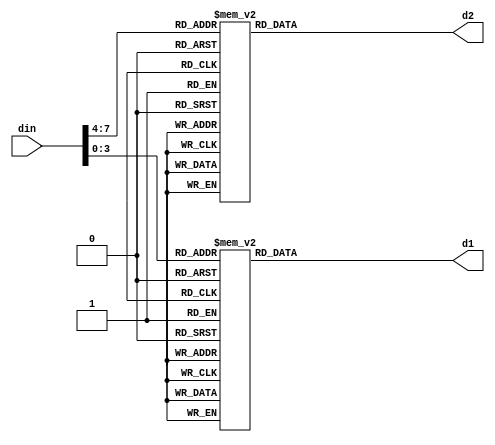


// 2 x 7-segment LED driver (hex word)
// It was used to debug the receipter on FPGA

module seg7(
  input [7:0] din,
  output reg [6:0] d1, // [6:0] = abcdefg
  output reg [6:0] d2  // [6:0] = abcdefg
);

always @*
  case (din[3:0])
    4'h0: d1 = 7'b0000001;
    4'h1: d1 = 7'b1001111;
    4'h2: d1 = 7'b0010010;
    4'h3: d1 = 7'b0000110;
    4'h4: d1 = 7'b1001100;
    4'h5: d1 = 7'b0100100;
    4'h6: d1 = 7'b0100000;
    4'h7: d1 = 7'b0001111;
    4'h8: d1 = 7'b0000000;
    4'h9: d1 = 7'b0000100;
    4'ha: d1 = 7'b0001000;
    4'hb: d1 = 7'b1100000;
    4'hc: d1 = 7'b0110001;
    4'hd: d1 = 7'b1000010;
    4'he: d1 = 7'b0110000;
    4'hf: d1 = 7'b0111000;
  endcase

always @*
  case (din[7:4])
    4'h0: d2 = 7'b0000001;
    4'h1: d2 = 7'b1001111;
    4'h2: d2 = 7'b0010010;
    4'h3: d2 = 7'b0000110;
    4'h4: d2 = 7'b1001100;
    4'h5: d2 = 7'b0100100;
    4'h6: d2 = 7'b0100000;
    4'h7: d2 = 7'b0001111;
    4'h8: d2 = 7'b0000000;
    4'h9: d2 = 7'b0000100;
    4'ha: d2 = 7'b0001000;
    4'hb: d2 = 7'b1100000;
    4'hc: d2 = 7'b0110001;
    4'hd: d2 = 7'b1000010;
    4'he: d2 = 7'b0110000;
    4'hf: d2 = 7'b0111000;
  endcase

endmodule